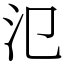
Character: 氾